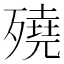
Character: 𣩦